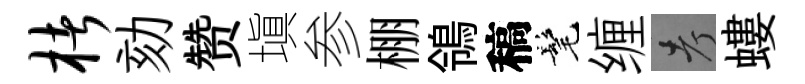
楮劾赞塡参棚鴒稿髦缠考螻